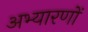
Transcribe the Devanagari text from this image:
अभ्यारणों